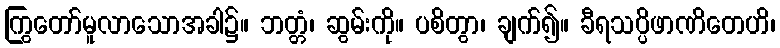
ကြွတော်မူလာသောအခါ၌။ ဘတ္တံ၊ ဆွမ်းကို။ ပစိတွာ၊ ချက်၍။ ခီရသပ္ပိဖာဏိတေဟိ၊